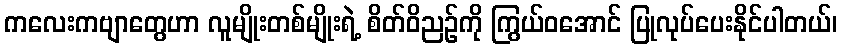
ကလေးကဗျာတွေဟာ လူမျိုးတစ်မျိုးရဲ့ စိတ်ဝိညဉ်ကို ကြွယ်ဝအောင် ပြုလုပ်ပေးနိုင်ပါတယ်၊